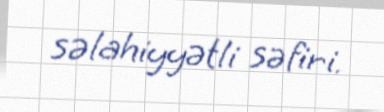
səlahiyyətli səfiri.